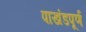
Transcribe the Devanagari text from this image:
पाखंडपूर्ण